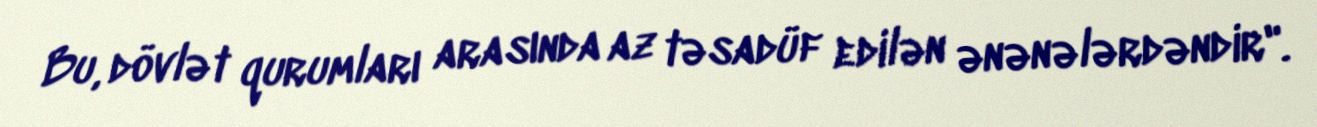
Bu, dövlət qurumları arasında az təsadüf edilən ənənələrdəndir".